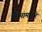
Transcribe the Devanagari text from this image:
कामामधले